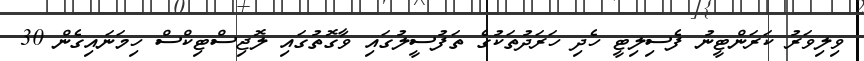
ވިލިވަރު ކަރަންޓީނު ފެސިލިޓީ ހެދި ހަރަދުތަކުގެ ތަފުސީލުގައި ވާގޮތުގައި ލޮޖިސްޓިކްސް ހިމަނައިގެން 30